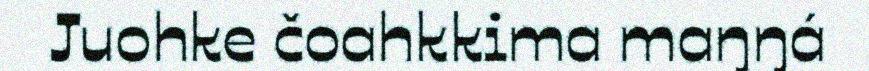
Juohke čoahkkima maŋŋá